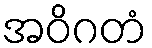
အဝိဂတံ